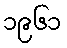
၁၉၆၁